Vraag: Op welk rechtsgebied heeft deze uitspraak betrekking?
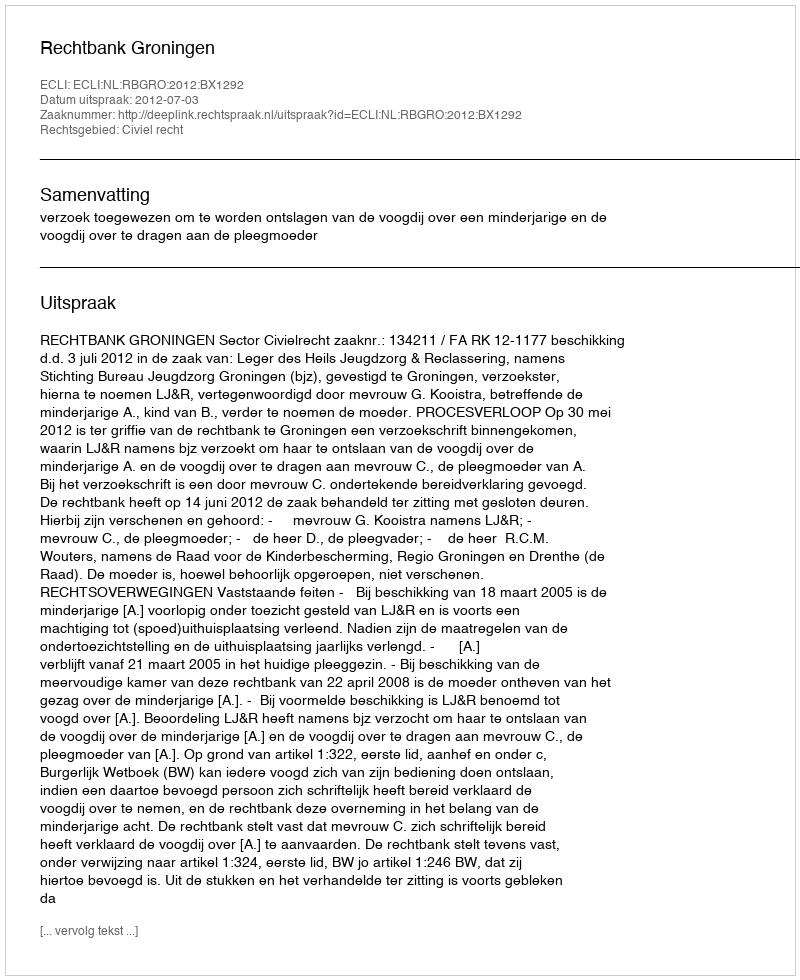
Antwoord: Civiel recht